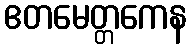
ဧတမေတ္တကေန